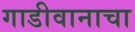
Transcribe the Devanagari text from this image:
गाडीवानाचा